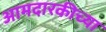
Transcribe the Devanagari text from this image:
आमदारकीच्या